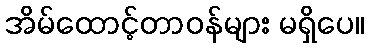
အိမ်ထောင့်တာဝန်များ မရှိပေ။